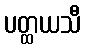
ပတ္ထယသီ